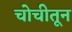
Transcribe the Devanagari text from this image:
चोचीतून